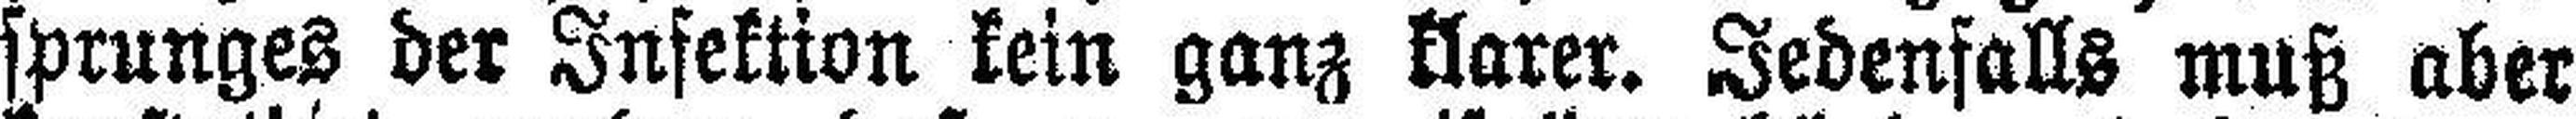
sprunges der Infektion kein ganz klarer. Jedenfalls muß aber